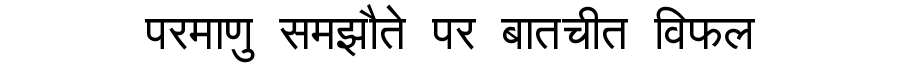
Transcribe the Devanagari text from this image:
परमाणु समझौते पर बातचीत विफल